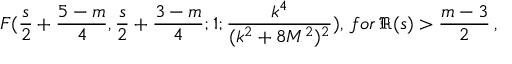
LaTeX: F ( \frac { s } { 2 } + \frac { 5 - m } { 4 } , \frac { s } { 2 } + \frac { 3 - m } { 4 } ; 1 ; \frac { k ^ { 4 } } { ( k ^ { 2 } + 8 M ^ { 2 } ) ^ { 2 } } ) , \, f o r \, \Re ( s ) > \frac { m - 3 } { 2 } \, ,